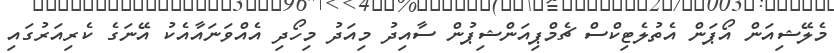
މެލޭޝިއަން އޯޕަން އެތުލެޓިކްސް ޗެމްޕިއަންޝިޕުން ސާއިދު މިއަދު މިހޯދި އެއްވަނައާއެކު އޭނަގެ ކެރިއަރުގައި